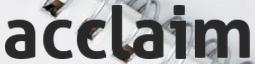
acclaim